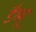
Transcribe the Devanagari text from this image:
डैब्यू